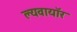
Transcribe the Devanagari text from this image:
ल्यवायॉर